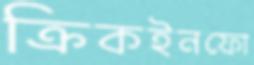
ক্রিকইনফো